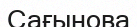
Сағынова